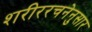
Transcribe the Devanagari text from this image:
शरीररचनेनुसार